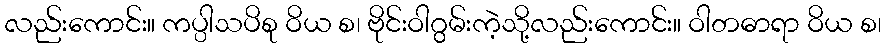
လည်းကောင်း။ ကပ္ပါသပိစု ဝိယ စ၊ ဗိုင်းဝါဂွမ်းကဲ့သို့လည်းကောင်း။ ဝါတဓာရာ ဝိယ စ၊